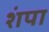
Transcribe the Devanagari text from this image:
शंपा